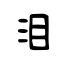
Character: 泪